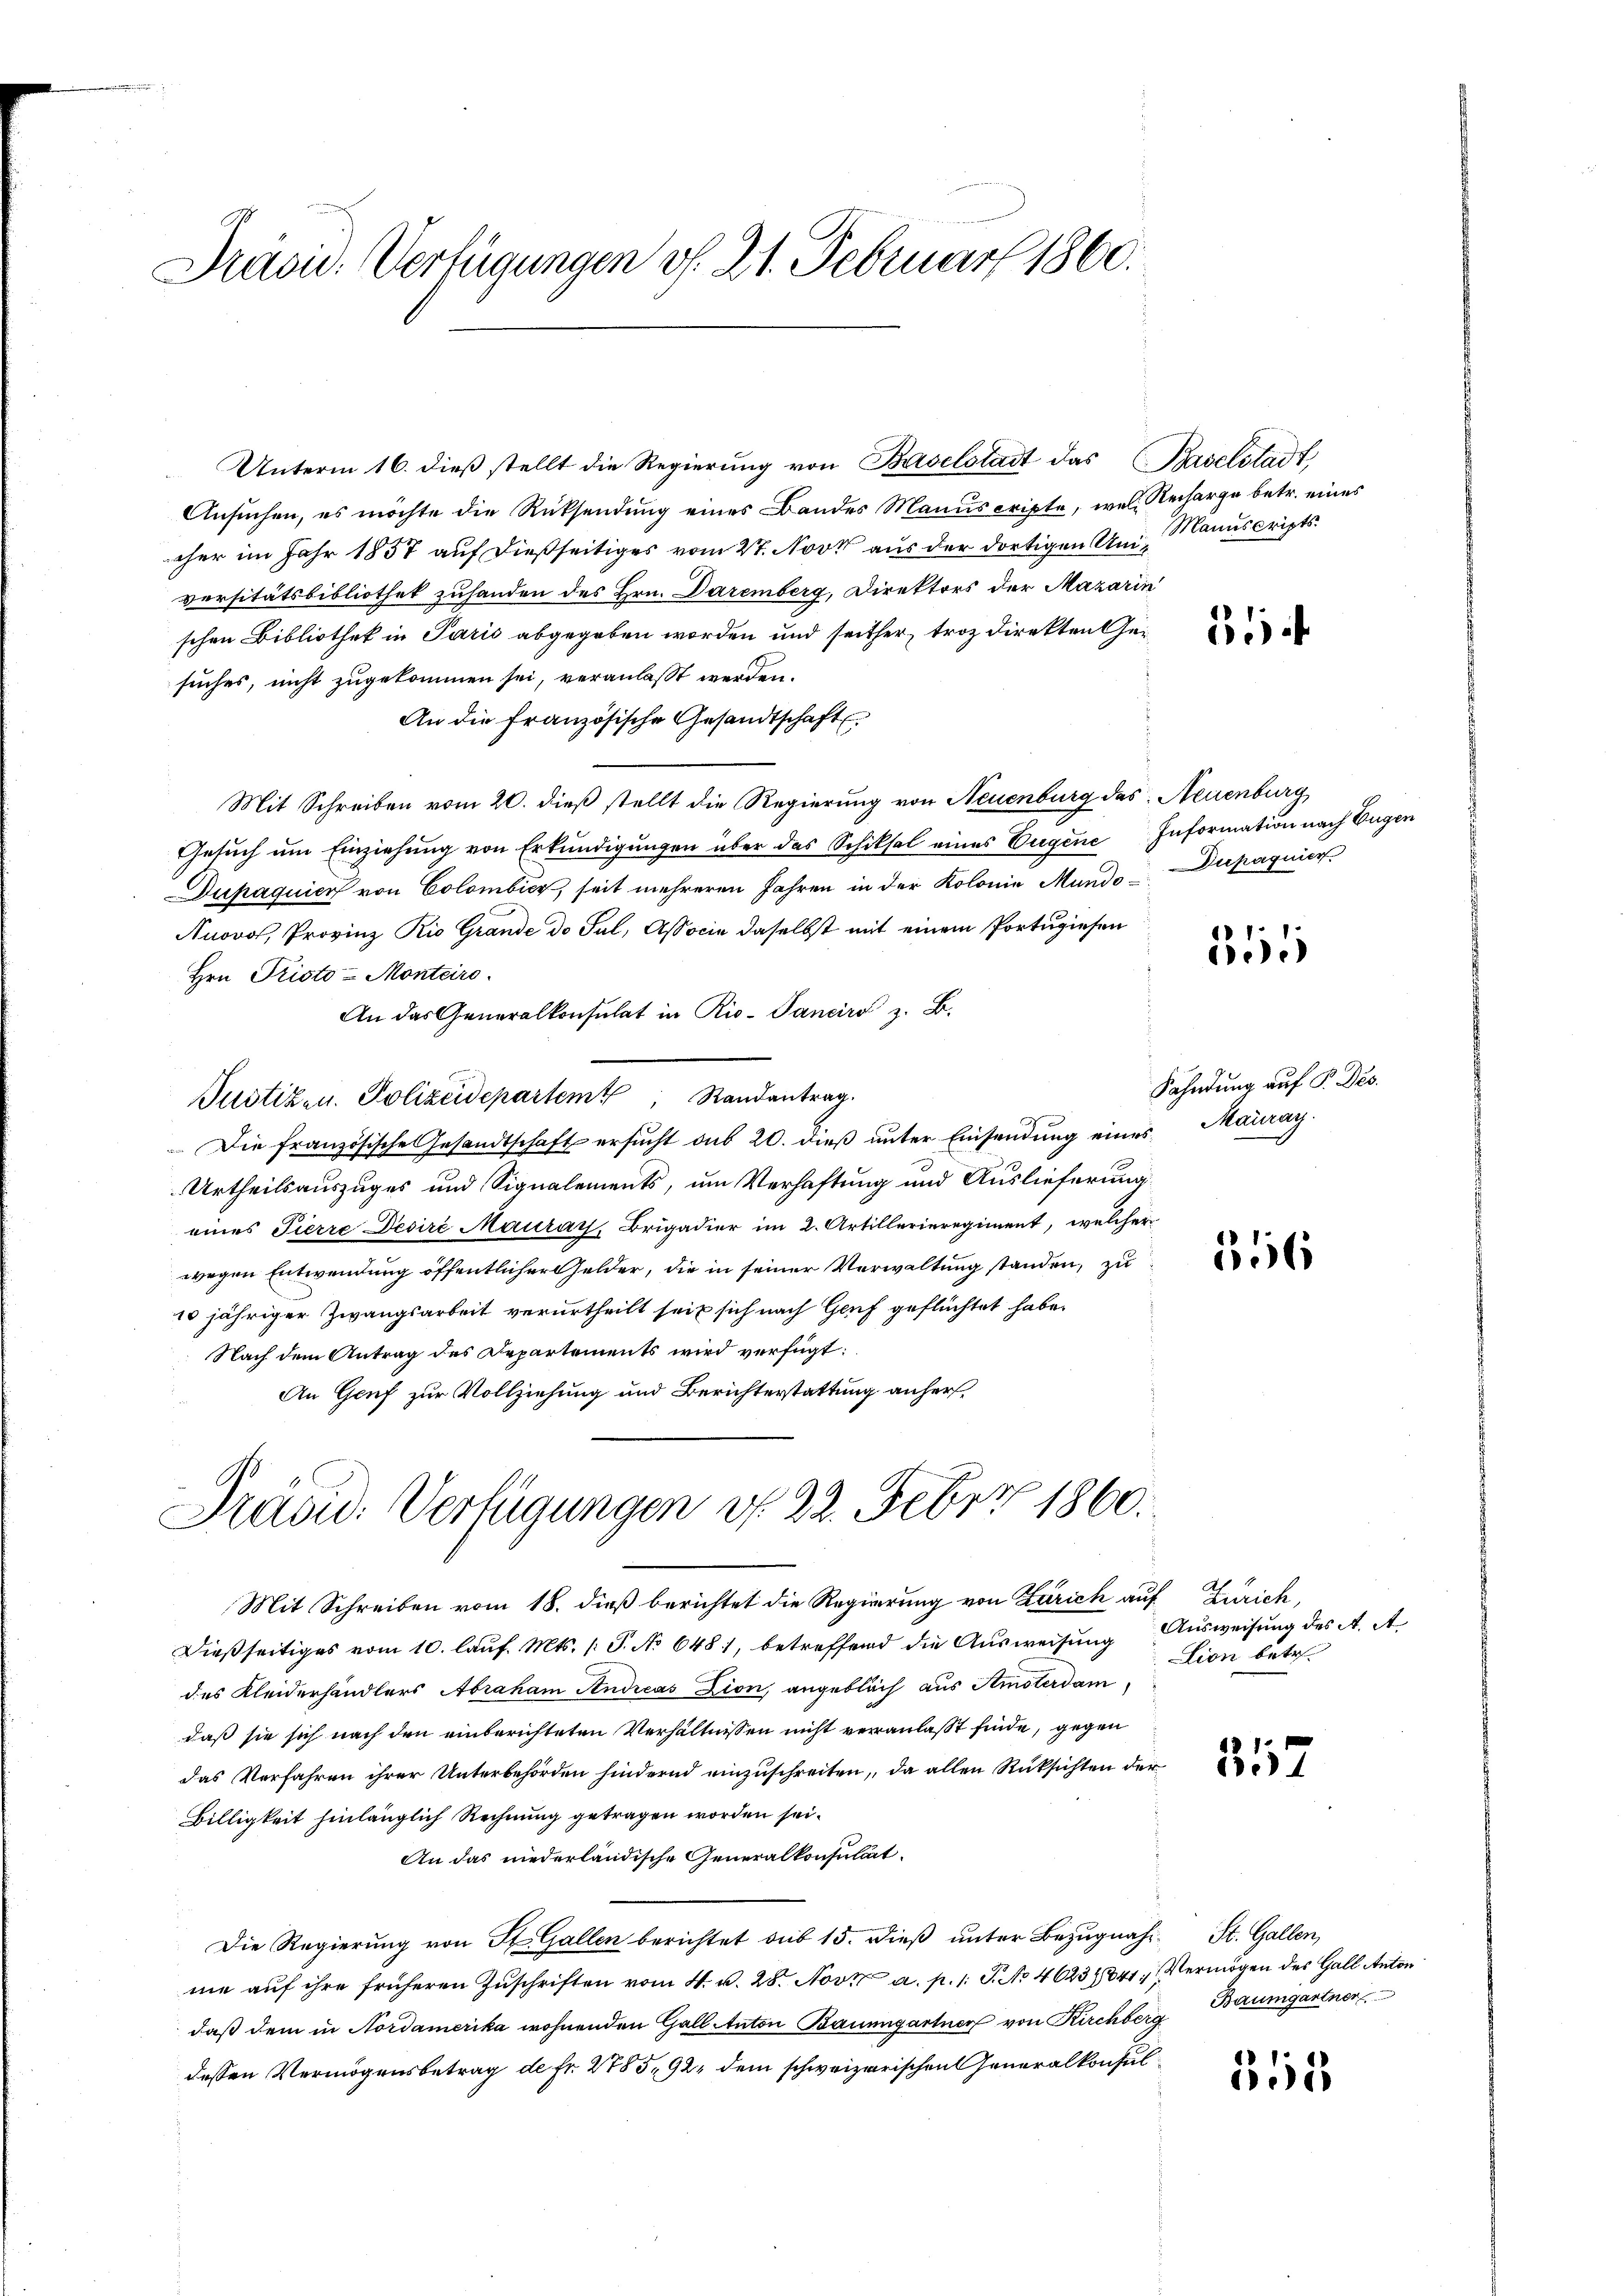
Präsid. Verfügungen v. 21. Februar 1860.

Unterm 16. dieß stellt die Regierung von Baselstadt das Baselstadt
Ansuchen, es möchte die Rücksendung eines Bandes Manuscripte, wel Recharge betr. eines
eher im Jahr 1857 auf dießseitiges vom 27. Novt aus der dortigen Uni, Manuscripts
versitätsbibliothek zuhanden des Hrn. Daremberg, Direktors der Mazarin
schen Bibliothek in Paris abgegeben worden und seither, troz direkten Gesuches, nicht zugekommen sei, veranlasst werden.
An die französische Gesandtschaft
Mit Schreiben vom 20. dieß stellt die Regierung von Neuenburg des Neuenburg
Gesuch um Einziehung von Erkundigungen über das Schiksal eines Eugene Information nach Eugen
Dupaquier von Colombier, seit mehreren Jahren in der Kolonie Mundo-Dupagnier
Anowol, Provinz Rio Grande de Sul, Associe daselbst mit einem Portugiesen
Hrn. Pristo-Monteiro
An das Generalkonsulat in Rio-Pancirs z. B.
Justizen. Polizeidepartem Randantrag.
Die französische Gesandtschaft ersucht aus 20. dieß unter Einsendung eines Maueray.
Urtheilsauszuges und Signalements, um Verhaftung und Auslieferung
eines Pierre Desire Maurais, Brigadier im 2. Artillerieregiment, welcher
wegen Entwendung öffentlicher Gelder, die in seiner Verwaltung standen, zu
10 jähriger Zwangsarbeit verurtheilt seit sich nach Genf geflüchtet habe.
Nach dem Antrag des Departements wird verfügt:
An Genf zur Vollziehung und Berichterstattung anher¬
Präsid. Verfügungen d. 22. Febr. 1860.
Mit Schreiben vom 18. dieß berichtet die Regierung von Zürich auf Zürich,
Dießseitiges vom 10. laŭf. Mts. (T. No 648, betreffend die Ausweisung Ausweisung des A. A
des Kleiderhändlers Abraham Andreas Dion, angeblich aus Amsterdam
daß sie sich nach den einberichteten Verhältnissen nicht veranlaßt finde, gegen
das Verfahren ihrer Unterbehörden hindernd einzuschreiten, da allen Rüksichten der
Billigkeit hinlänglich Rechnung getragen worden sei.
An das niederländische Generalkonsultat
Die Regierung von St. Gallen berichtet sub 15. dieß unter Bezugnahe St. Gallen,
me auf ihre früheren Zuschriften vom 4. v. 28. Nov. a. p. 1. J. No 4623841. Vermögen des Gall Anton
daß dem in Nordamerika wohnenden Gall Anton Baumgartner von Kirchberg
dessen Vermögensbetrag de Fr. 2785, 92, dem schweizerischen Generalkonsul¬

51

3

Sähndung auf P. Des.

556

Lion betr.

357

Baumgartner

515